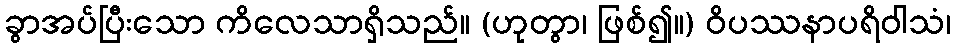
ခွာအပ်ပြီးသော ကိလေသာရှိသည်။ (ဟုတွာ၊ ဖြစ်၍။) ဝိပဿနာပရိဝါသံ၊